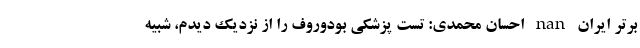
برتر ایران nan احسان محمدی: تست پزشکی بودوروف را از نزدیک دیدم، شبیه